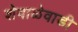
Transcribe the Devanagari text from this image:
शेवाळेवाडी